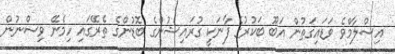
އިސްލާމްވެ ވަޑައިގަތުން އަބޫ ބަކުރުގެ ފާނަކީ ގުރައިޝުންގެ ބޮޑުންގެ ތެރޭގައި ހިމެނޭ ވިސްނުން